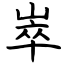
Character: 崒